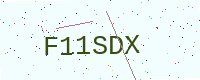
Text: F11SDX